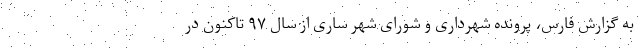
به گزارش فارس، پرونده شهرداری و شورای شهر ساری از سال ۹۷ تاکنون در